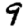
Digit: 9